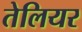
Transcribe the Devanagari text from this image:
तेलियर